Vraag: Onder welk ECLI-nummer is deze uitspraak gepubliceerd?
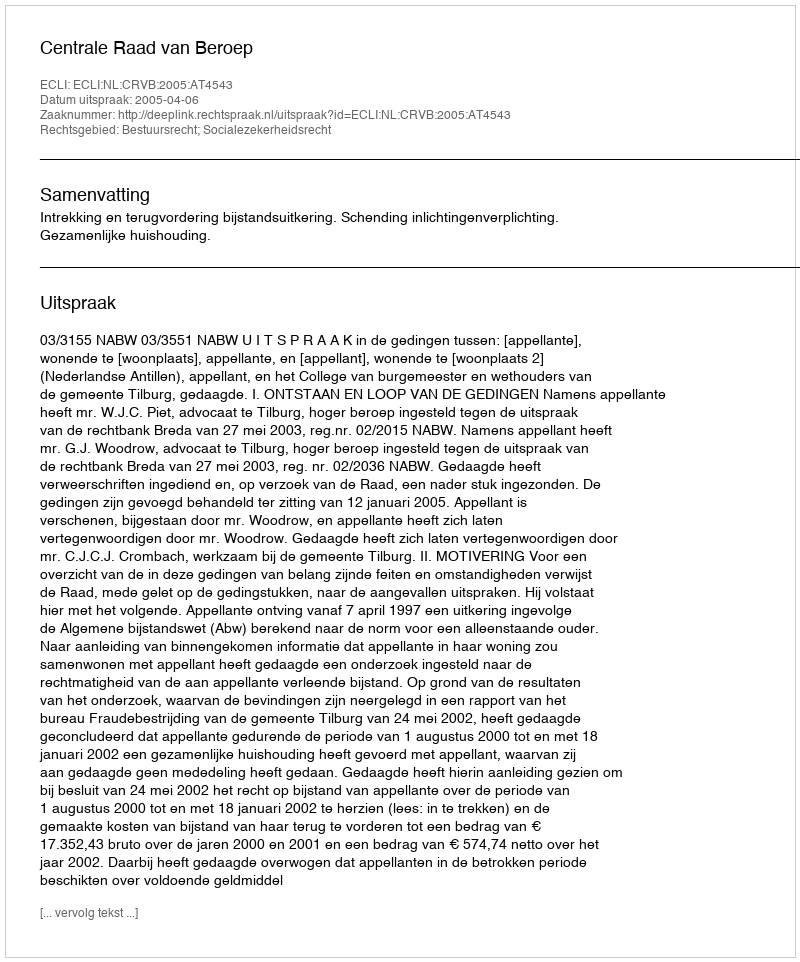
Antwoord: ECLI:NL:CRVB:2005:AT4543